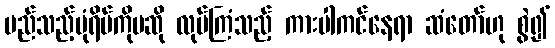
မည်သည့်ပုံရိပ်ကိုမဆို လုပ်ကြံသည့် ကားပါကင်နေရာ ဆံတော်ဟု စွဲ၍